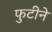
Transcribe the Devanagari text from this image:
फुटीने